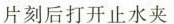
片刻后打开止水夹